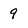
Character: 9